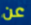
عن